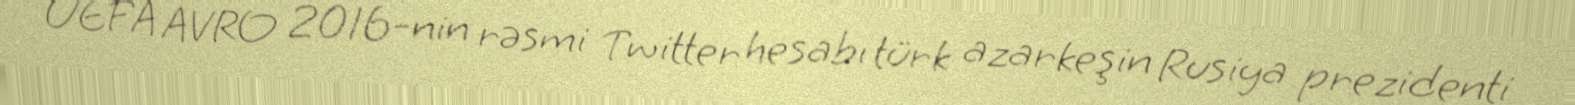
UEFA AVRO 2016-nin rəsmi Twitter hesabı türk azarkeşin Rusiya prezidenti